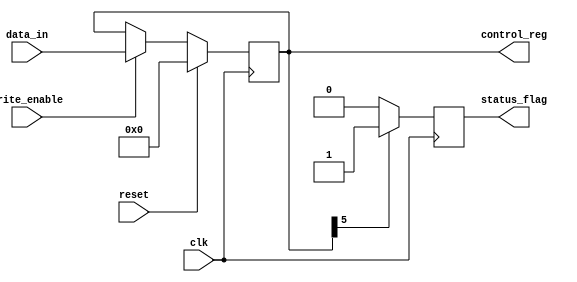
module ControlRegister (
    input wire clk,               // Clock signal
    input wire reset,             // Synchronous reset signal
    input wire write_enable,      // Write enable signal
    input wire [7:0] data_in,     // Data input for the control register
    output reg [7:0] control_reg, // 8-bit control register
    output reg status_flag        // Status flag for feedback (example: ready)
);

    // Define control bits
    // control_reg[7:6] - Mode selection bits
    // control_reg[5]    - Enable feature 1
    // control_reg[4]    - Enable feature 2
    // control_reg[3]    - Reserved
    // control_reg[2:0]  - Status flags (example)
    
    initial begin
        control_reg = 8'b00000000; // Default state
        status_flag = 1'b0;        // Default status
    end

    always @(posedge clk) begin
        if (reset) begin
            control_reg <= 8'b00000000; // Reset to default state
            status_flag <= 1'b0;        // Reset status flag
        end else if (write_enable) begin
            control_reg <= data_in; // Update control register with input data
        end

        // Example logic to modify status_flag based on control_reg content
        // This logic can be modified as per requirement
        if (control_reg[5] == 1'b1) begin
            status_flag <= 1'b1; // Indicate ready if feature 1 is enabled
        end else begin
            status_flag <= 1'b0; // Indicate not ready
        end
    end

endmodule